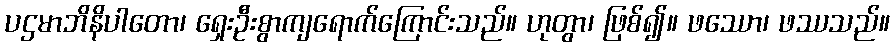
ပဌမာဘိနိပါတော၊ ရှေးဦးစွာကျရောက်ကြောင်းသည်။ ဟုတွာ၊ ဖြစ်၍။ ဖဿော၊ ဖဿသည်။